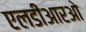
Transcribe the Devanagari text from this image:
एलडीआरओ